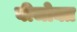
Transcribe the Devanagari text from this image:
बीजोक्त